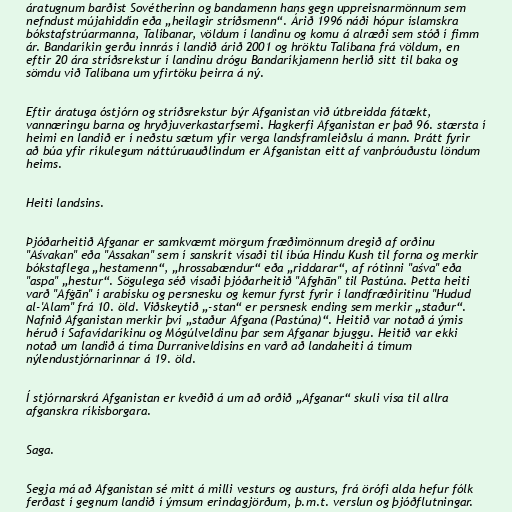
áratugnum barðist Sovétherinn og bandamenn hans gegn uppreisnarmönnum sem
nefndust mújahiddín eða „heilagir stríðsmenn“. Árið 1996 náði hópur íslamskra
bókstafstrúarmanna, Talíbanar, völdum í landinu og komu á alræði sem stóð í fimm
ár. Bandaríkin gerðu innrás í landið árið 2001 og hröktu Talíbana frá völdum, en
eftir 20 ára stríðsrekstur í landinu drógu Bandaríkjamenn herlið sitt til baka og
sömdu við Talíbana um yfirtöku þeirra á ný.

Eftir áratuga óstjórn og stríðsrekstur býr Afganistan við útbreidda fátækt,
vannæringu barna og hryðjuverkastarfsemi. Hagkerfi Afganistan er það 96. stærsta í
heimi en landið er í neðstu sætum yfir verga landsframleiðslu á mann. Þrátt fyrir
að búa yfir ríkulegum náttúruauðlindum er Afganistan eitt af vanþróuðustu löndum
heims.

Heiti landsins.

Þjóðarheitið Afganar er samkvæmt mörgum fræðimönnum dregið af orðinu
"Aśvakan" eða "Assakan" sem í sanskrít vísaði til íbúa Hindu Kush til forna og merkir
bókstaflega „hestamenn“, „hrossabændur“ eða „riddarar“, af rótinni "aśva" eða
"aspa" „hestur“. Sögulega séð vísaði þjóðarheitið "Afghān" til Pastúna. Þetta heiti
varð "Afġān" í arabísku og persnesku og kemur fyrst fyrir í landfræðiritinu "Hudud
al-'Alam" frá 10. öld. Viðskeytið „-stan“ er persnesk ending sem merkir „staður“.
Nafnið Afganistan merkir því „staður Afgana (Pastúna)“. Heitið var notað á ýmis
héruð í Safavídaríkinu og Mógúlveldinu þar sem Afganar bjuggu. Heitið var ekki
notað um landið á tíma Durraniveldisins en varð að landaheiti á tímum
nýlendustjórnarinnar á 19. öld.

Í stjórnarskrá Afganistan er kveðið á um að orðið „Afganar“ skuli vísa til allra
afganskra ríkisborgara.

Saga.

Segja má að Afganistan sé mitt á milli vesturs og austurs, frá örófi alda hefur fólk
ferðast í gegnum landið í ýmsum erindagjörðum, þ.m.t. verslun og þjóðflutningar.